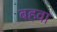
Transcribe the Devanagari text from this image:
बहवा